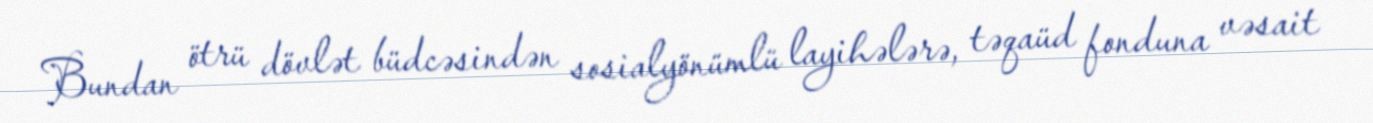
Bundan ötrü dövlət büdcəsindən sosialyönümlü layihələrə, təqaüd fonduna vəsait